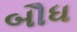
બૌધ